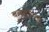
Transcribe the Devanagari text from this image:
बुलडॉगस